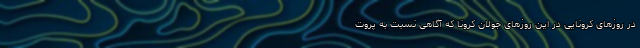
در روزهای کرونایی در این روزهای جولان کرونا که آگاهی نسبت به پروت